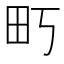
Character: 𰢶